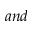
a n d